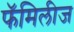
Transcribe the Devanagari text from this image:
फॅमिलीज